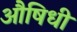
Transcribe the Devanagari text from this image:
औषिधी